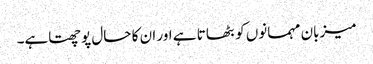
میزبان مہمانوں کو بٹھاتا ہے اور ان کا حال پوچھتاہے۔